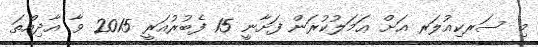
މި ސަރކިއުލަރ އަށް ޢަމަލުކުރަން ފަށާނީ 15 ފެބުރުއަރީ 2015 ވާ އާދިއްތަ